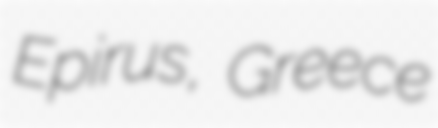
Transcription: Epirus, Greece